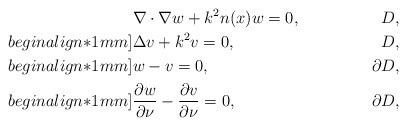
\begin{align*}&\nabla \cdot \nabla w+k^2n(x)w=0, & D,\\begin{align*}1mm]&\Delta v+k^2v=0, & D,\\begin{align*}1mm]&w -v = 0, & \partial D, \\begin{align*}1mm]& \frac{\partial w}{\partial \nu} - \frac{\partial v}{\partial \nu}= 0, & \partial D,\end{align*}